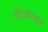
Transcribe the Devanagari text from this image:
थीं।संस्कृत